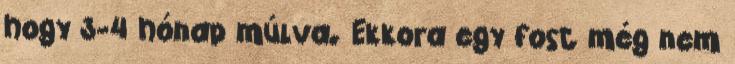
hogy 3-4 hónap múlva. Ekkora egy fost még nem